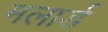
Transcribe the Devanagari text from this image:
मलार्ड